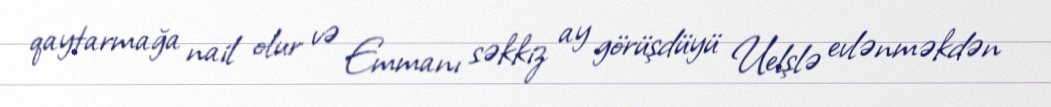
qaytarmağa nail olur və Emmanı səkkiz ay görüşdüyü Uelşlə evlənməkdən